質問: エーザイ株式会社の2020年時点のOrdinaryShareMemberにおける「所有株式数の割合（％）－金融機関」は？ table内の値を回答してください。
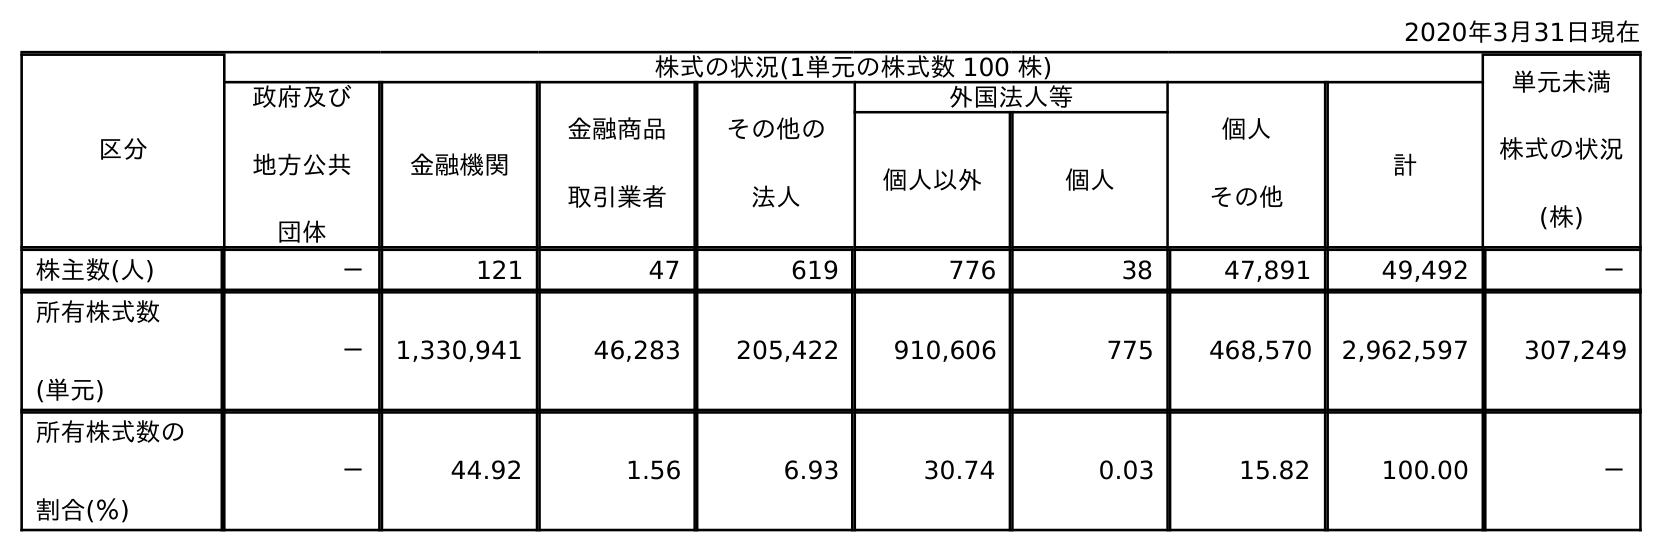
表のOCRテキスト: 2020年3月31日現在 区分 株式の状況(1単元の株式数 100 株) 単元未満 株式の状況 (株) 政府及び 地方公共 団体 金融機関 金融商品 取引業者 その他の 法人 外国法人等 個人 その他 計 個人以外 個人 株主数(人) － 121 47 619 776 38 47,891 49,492 － 所有株式数 (単元) － 1,330,941 46,283 205,422 910,606 775 468,570 2,962,597 307,249 所有株式数の 割合(％) － 44.92 1.56 6.93 30.74 0.03 15.82 100.00 －
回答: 44.92